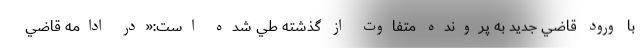
با ورود قاضي جديد به پرونده متفاوت از گذشته طي شده است:«در ادامه قاضي